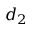
d _ { 2 }